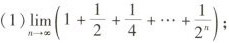
(1)$$lim _ { n \rightarrow \infty } ( 1 + \frac { 1 } { 2 } + \frac { 1 } { 4 } + … + \frac { 1 } { 2 ^ { n } } );$$